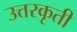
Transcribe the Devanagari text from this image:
उत्तरकृती